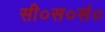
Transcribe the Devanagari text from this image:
सी०स०सं०